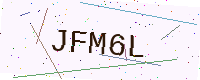
Text: JFM6L